Civil Veterinary Dept. Bombay admin report 1907-1913 - 1907-1913
Year: 1907
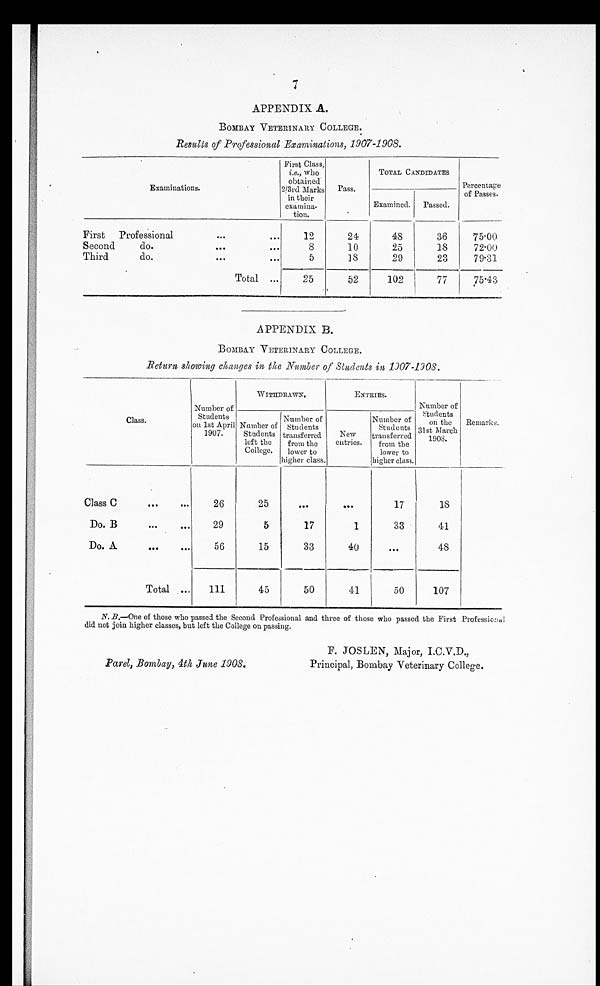
7
APPENDIX A.
BOMBAY VETERINARY COLLEGE.
Results of Professional Examinations, 1907-1908.
Examinations.
First
Professional
Second
do.
Third
do.
Total ...
First Class,
i.e., who
obtained
2/3rd Marks
in their
examina-
tion.
12
8
5
25
Pass.
24
10
18
52
TOTAL CANDIDATES
Examined.
48
25
29
102
Passed.
36
18
23
77
Percentage
of Passes.
75.00
72.00
79.31
75.43
APPENDIX B.
BOMBAY VETERINARY COLLEGE.
Return showing changes in the Number of Students in 1907-1908.
Class.
Class C
Do. B
...
...
Do. A
Total ...
Number of
Students
on 1st April
1907.
26
29
56
111
WITHDRAWN.
Number of
Students
left the
College.
25
5
15
45
Number of
Students
transferred
from the
lower to
higher class.
...
17
33
50
ENTRIES.
New
entries.
...
1
40
41
Number of
Students
transferred
from the
lower to
higher class.
17
33
...
50
Number of
Students
on the
31st March
1908.
18
41
48
107
Remarks.
N. B.—One of those who passed the Second Professional and three of those who passed the First Professional
did not join higher classes, but left the College on passing.
Parel, Bombay, 4th June 1908,
E. JOSLEN, Major, I.C.V.D.,
Principal, Bombay Veterinary College.